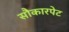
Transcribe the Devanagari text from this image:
सौकारपेट